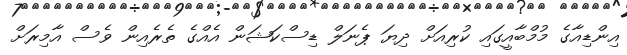
އިންޑިއާގެ މުމްބާއީގައި ކުރިއަށް ދިޔަ ޕެނަލް ޑިސްކަޝަން އެއްގެ ތެރެއިން ވެސް އާމިރަށް